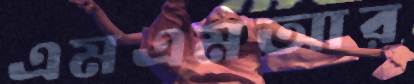
এমএমআর